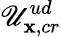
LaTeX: \mathscr{U}_{\mathbf{x},cr}^{ud}